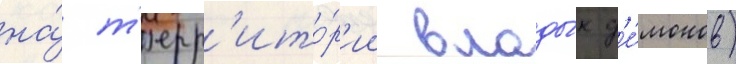
на́ т'ерр'ито́р'ии влады́к д'е́монов)